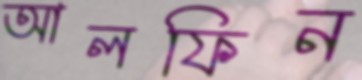
আলফিন